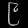
Digit: ၉